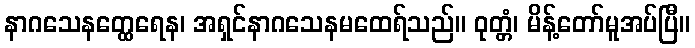
နာဂသေနတ္ထေရေန၊ အရှင်နာဂသေနမထေရ်သည်။ ဝုတ္တံ၊ မိန့်တော်မူအပ်ပြီ။